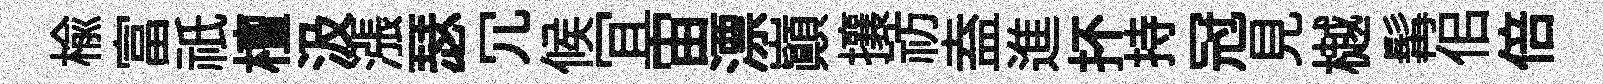
榆富祇檀汲漲瑟冗候冝宙漂巔攘祊盍進抔持冠見樾髯佀倍